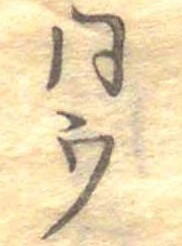
同ウ